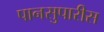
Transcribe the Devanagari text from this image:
पानसुपारीस